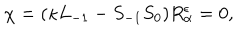
LaTeX: \chi = ( \kappa L _ { - 1 } - S _ { - 1 } S _ { 0 } ) R _ { \alpha } ^ { \epsilon } = 0 ,